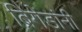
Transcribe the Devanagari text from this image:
ब्रिगेडांनी